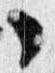
々